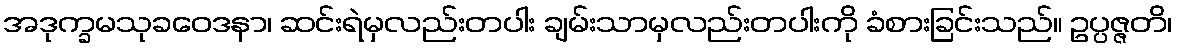
အဒုက္ခမသုခဝေဒနာ၊ ဆင်းရဲမှလည်းတပါး ချမ်းသာမှလည်းတပါးကို ခံစားခြင်းသည်။ ဥပ္ပဇ္ဇတိ၊